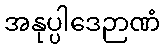
အနုပ္ပါဒေဉာဏံ